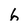
Character: 6